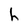
Character: h